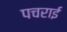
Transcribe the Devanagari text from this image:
पचराई